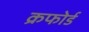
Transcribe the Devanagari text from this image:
क्रफोर्ड